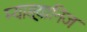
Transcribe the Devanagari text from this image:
म्याङ्यानिज